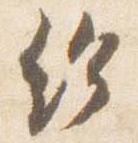
給